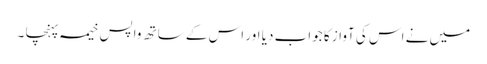
میں نے اس کی آواز کا جواب دیا اور اس کے ساتھ واپس خیمہ پہنچا ۔